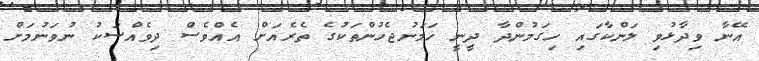
އޭނާ ވިދާޅުވި ލަންކާގައި ހިގަމުންދާ ދީނީ ހަމަނުޖެހުންތަކުގެ ތެރެއަށް އެއްވެސް ދިވެއްސަކު ނުވަނުމަށް